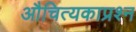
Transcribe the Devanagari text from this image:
औचित्यकाप्रश्न